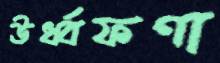
ঊর্ধ্বফণা